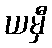
ယမှီ